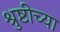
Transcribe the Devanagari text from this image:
श्रुष्टीच्या